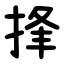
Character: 捀